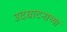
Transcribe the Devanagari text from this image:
उदघाटनाच्या